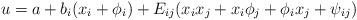
LaTeX: \begin{align*}u=a + b_i (x_i+\phi_i) + E_{ij} (x_i x_j + x_i \phi_j + \phi_i x_j + \psi_{ij})\end{align*}